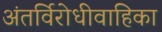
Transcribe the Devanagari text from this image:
अंतर्विरोधीवाहिका